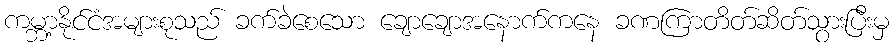
ကမ္ဘာ့နိုင်ငံအများစုသည် ခက်ခဲစေသော ချောချောအနောက်ကနေ ခဏကြာတိတ်ဆိတ်သွားပြီးမှ